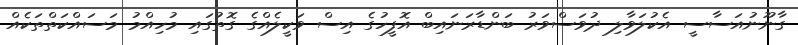
ގާނޫނުއަސާސީ އެކުލަވާލި ދުވަސްވަރު ބަންޑާރަނައިބް އޮފީހުގެ އިސް ވަކީލެއްގެ ގޮތުގައި މުހިއްމު މަަސައްކަތްތަކެއް